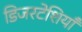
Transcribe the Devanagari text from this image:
डिजरटेशियाँ